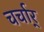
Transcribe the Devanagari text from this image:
चर्चार्